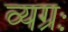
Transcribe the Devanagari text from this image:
व्यग्रः